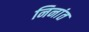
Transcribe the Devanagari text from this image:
निनांत